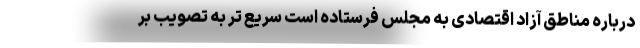
درباره مناطق آزاد اقتصادی به مجلس فرستاده است سریع تر به تصویب بر